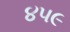
૪૫૯